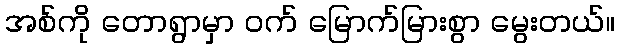
အစ်ကို တောရွာမှာ ဝက် မြောက်မြားစွာ မွေးတယ်။